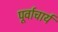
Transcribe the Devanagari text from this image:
पूर्वाचार्य